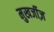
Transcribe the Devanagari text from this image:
मुखर्जीज़